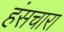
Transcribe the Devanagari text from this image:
हंसचारा